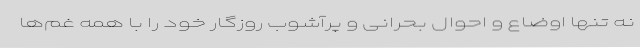
نه تنها اوضاع و احوال بحرانی و پرآشوب روزگار خود را با همه‌ غم‌ها